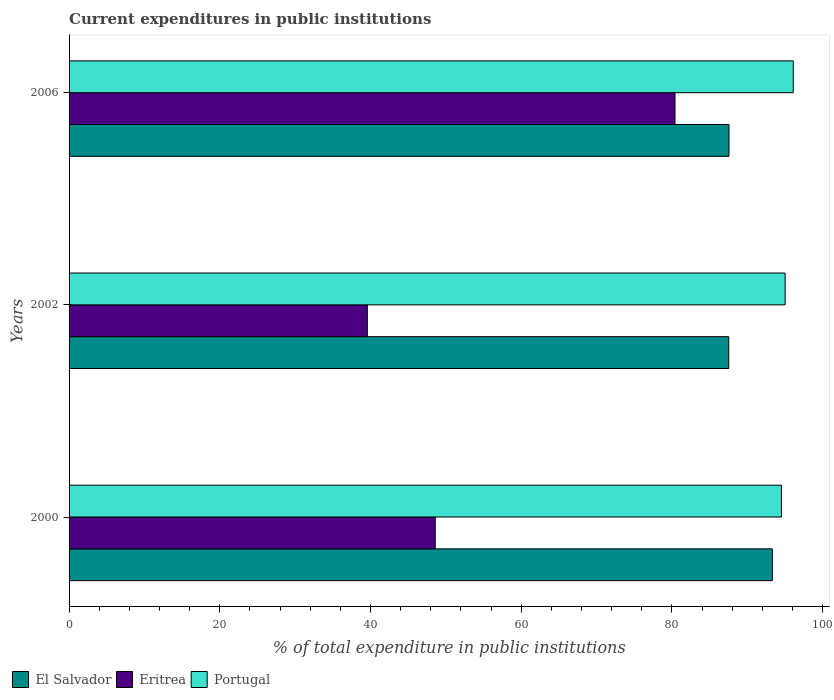
| Years | El Salvador | Eritrea | Portugal |
 | --- | --- | --- | --- |
 | 2000 | 93.3 | 48.6 | 94.5 |
 | 2002 | 87.5 | 39.6 | 95 |
 | 2006 | 87.6 | 80.4 | 96.1 |